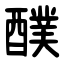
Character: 醭